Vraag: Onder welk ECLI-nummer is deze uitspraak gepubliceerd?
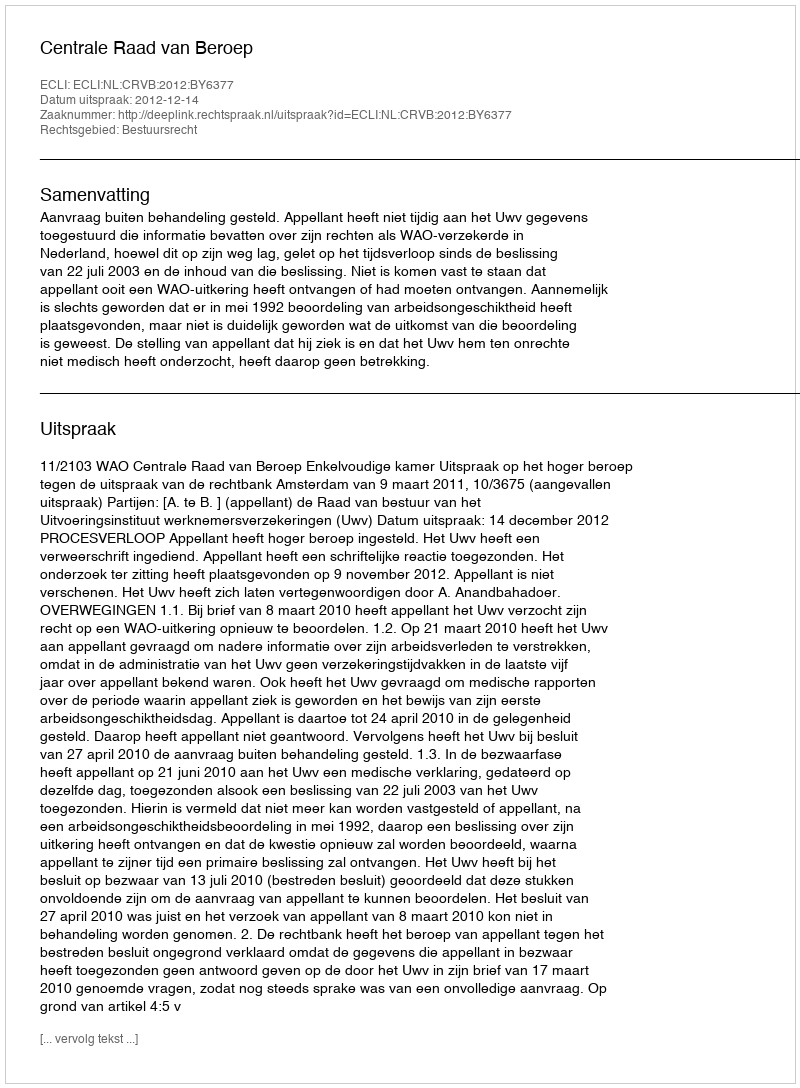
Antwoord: ECLI:NL:CRVB:2012:BY6377